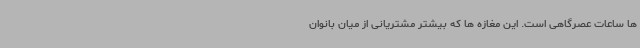
ها ساعات عصرگاهی است. این مغازه ها که بیشتر مشتریانی از میان بانوان